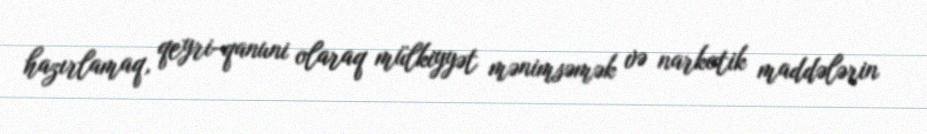
hazırlamaq, qeyri-qanuni olaraq mülkiyyət mənimsəmək və narkotik maddələrin